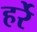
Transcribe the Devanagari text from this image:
हर्रे